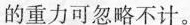
的重力可忽略不计。